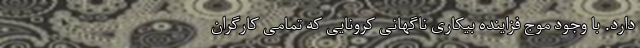
دارد. با وجود موج فزاینده بیکاری ناگهانی کرونایی که تمامی کارگران